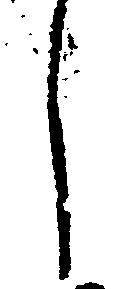
し